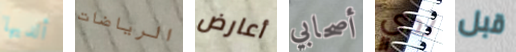
ألديها الرياضات أعارض أصحابي لدي قبل